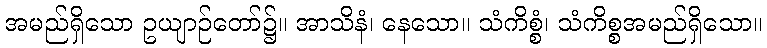
အမည်ရှိသော ဥယျာဉ်တော်၌။ အာသိနံ၊ နေသော။ သံကိစ္စံ၊ သံကိစ္စအမည်ရှိသော။